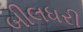
બીલધરી